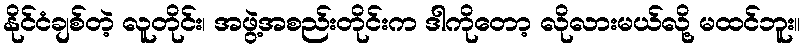
နိုင်ငံချစ်တဲ့ လူတိုင်း၊ အဖွဲ့အစည်းတိုင်းက ဒါကိုတော့ လိုလားမယ်လို့ မထင်ဘူး။